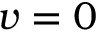
v = 0